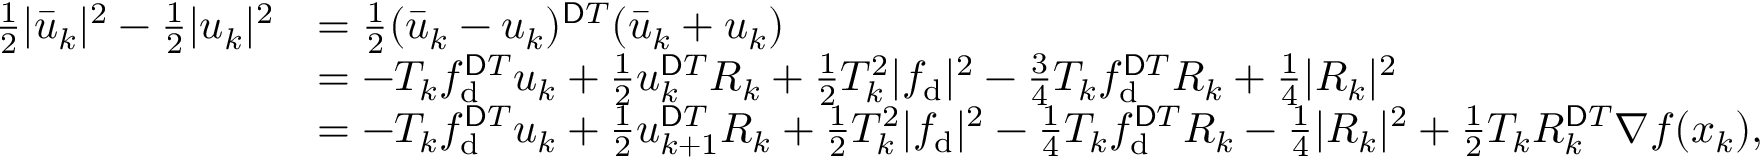
\begin{array} { r l } { \frac { 1 } { 2 } | \bar { u } _ { k } | ^ { 2 } - \frac { 1 } { 2 } | u _ { k } | ^ { 2 } } & { = \frac { 1 } { 2 } ( \bar { u } _ { k } - u _ { k } ) ^ { \ensuremath Ḋ \mathsf Ḋ \tiny Ḋ T Ḍ Ḍ Ḍ } ( \bar { u } _ { k } + u _ { k } ) } \\ & { = - T _ { k } f _ { \mathrm { d } } ^ { \ensuremath Ḋ \mathsf Ḋ \tiny Ḋ T Ḍ Ḍ Ḍ } u _ { k } + \frac { 1 } { 2 } u _ { k } ^ { \ensuremath Ḋ \mathsf Ḋ \tiny Ḋ T Ḍ Ḍ Ḍ } R _ { k } + \frac { 1 } { 2 } T _ { k } ^ { 2 } | f _ { \mathrm { d } } | ^ { 2 } - \frac { 3 } { 4 } T _ { k } f _ { \mathrm { d } } ^ { \ensuremath Ḋ \mathsf Ḋ \tiny Ḋ T Ḍ Ḍ Ḍ } R _ { k } + \frac { 1 } { 4 } | R _ { k } | ^ { 2 } } \\ & { = - T _ { k } f _ { \mathrm { d } } ^ { \ensuremath Ḋ \mathsf Ḋ \tiny Ḋ T Ḍ Ḍ Ḍ } u _ { k } + \frac { 1 } { 2 } u _ { k + 1 } ^ { \ensuremath Ḋ \mathsf Ḋ \tiny Ḋ T Ḍ Ḍ Ḍ } R _ { k } + \frac { 1 } { 2 } T _ { k } ^ { 2 } | f _ { \mathrm { d } } | ^ { 2 } - \frac { 1 } { 4 } T _ { k } f _ { \mathrm { d } } ^ { \ensuremath Ḋ \mathsf Ḋ \tiny Ḋ T Ḍ Ḍ Ḍ } R _ { k } - \frac { 1 } { 4 } | R _ { k } | ^ { 2 } + \frac { 1 } { 2 } T _ { k } R _ { k } ^ { \ensuremath Ḋ \mathsf Ḋ \tiny Ḋ T Ḍ Ḍ Ḍ } \nabla f ( x _ { k } ) , } \end{array}